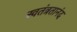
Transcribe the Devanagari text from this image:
स्वतंत्रतानंद